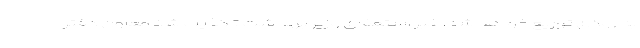
به زودی توزیع خواهد شد. خبر استعفای وزیر بهداشت تکذیب شد معاون دفتر